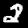
Digit: 2